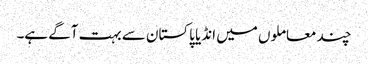
چند معاملوں میں انڈیا پاکستان سے بہت آگے ہے۔